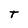
Character: t